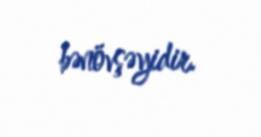
bənövşəyidir.